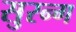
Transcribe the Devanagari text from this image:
सुरन्ग